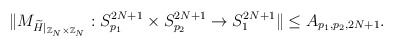
\begin{align*}\Vert M_{\widetilde{ H}\vert_{\mathbb{Z}_N \times \mathbb{Z}_N}}: S_{p_1}^{2N+1} \times S_{p_2}^{2N+1} \rightarrow S_{1}^{2N+1} \Vert\leq A_{p_1, p_2,2N+1}.\end{align*}